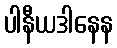
ပါနီယဒါနေန